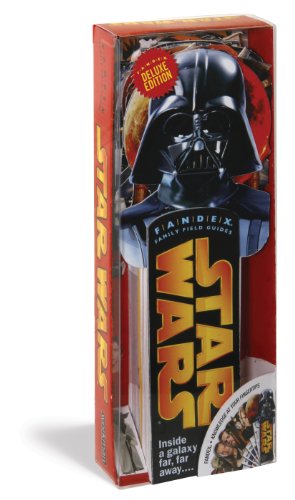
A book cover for Star Wars Fandex Deluxe Edition (Fandex Family Field Guides); Christopher Cerasi; Humor & Entertainment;